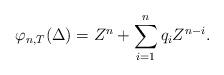
LaTeX: \begin{align*}\varphi_{n, T}(\Delta) = Z^n + \sum_{i=1}^{n} q_i Z^{n-i}.\end{align*}